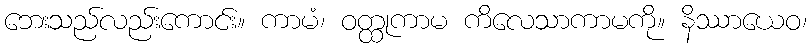
ဘေးသည်လည်းကောင်း။ ကာမံ၊ ဝတ္ထုကာမ ကိလေသာကာမကို။ နိဿာယေဝ၊